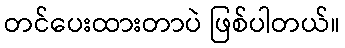
တင်ပေးထားတာပဲ ဖြစ်ပါတယ်။